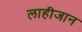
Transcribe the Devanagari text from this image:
लाहीजान